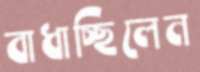
বাধাচ্ছিলেন